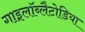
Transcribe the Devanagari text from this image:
गाइलॉब्लैटोडिया